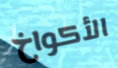
الأكواخ